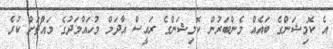
އެ ކޮމިޝަންގެ ބައެއް މެންބަރުން ކޮމިޝަންގެ ރައީސް އާދަމް މުހައްމަދުގެ މައްޗަށް ކުރެ